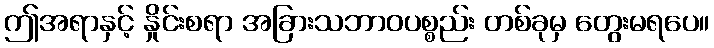
ဤအရာနှင့် နှိုင်းစရာ အခြားသဘာဝပစ္စည်း တစ်ခုမှ တွေးမရပေ။